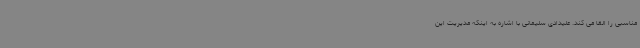
مناسبی را القا می کند. علیدادی سلیمانی با اشاره به اینکه مدیریت این